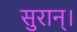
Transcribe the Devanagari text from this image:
सुरान्।